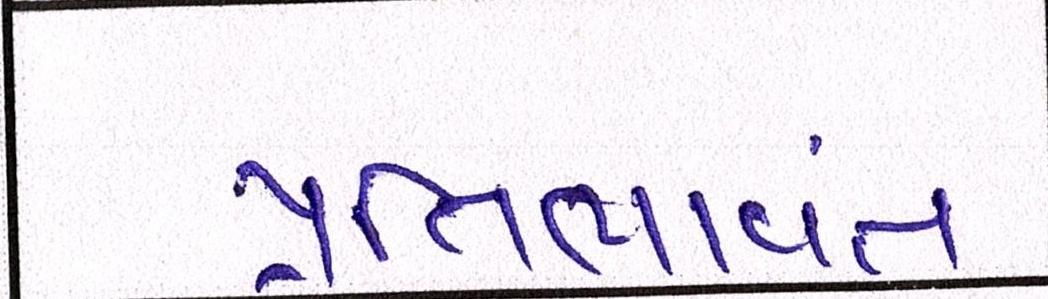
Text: પ્રતિભાવંત